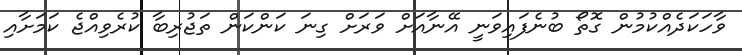
ވާހަކަދެއްކުމުން ގޮތޯ ބުނެފައިވަނީ އޭނާއަށް ވަރަށް ގިނަ ކަންކަން ތަޖުރިބާ ކުރެވިއްޖެ ކަމަށާއި